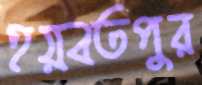
হয়বতপুর